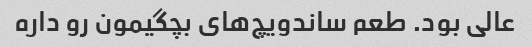
عالی بود. طعم ساندویچ‌های بچگیمون رو داره